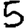
Digit: 5